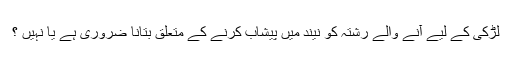
لڑكى كے ليے آنے والے رشتہ كو نيند ميں پيشاب كرنے كے متعلق بتانا ضرورى ہے يا نہيں ؟